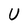
Character: U